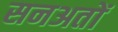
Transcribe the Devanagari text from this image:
सनअतों